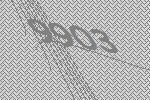
9903